Plague in India, 1896, 1897 - Volume 2
Year: 1896
Disease focus: Plague
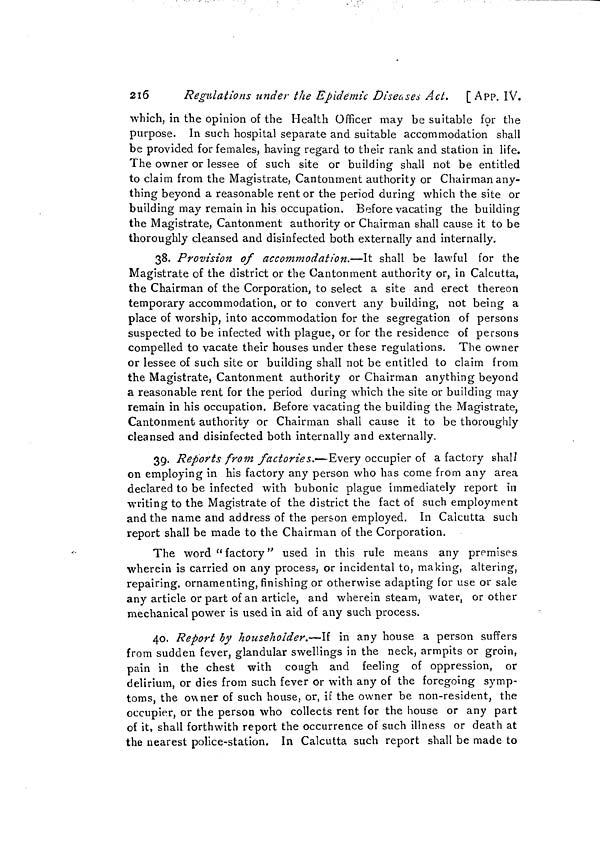
259
APP, IX. ]
spread of infection by sea.
No. 76.
No. 656-165-P., dated Bombay Castle, the 6th February 1897.
NOTIFICATION.—By the Government of Bombay. General Department.
The following rules have been prescribed by His Excellency the
Governor in Council in accordance with the Epidemic Diseases Act of
1897:—
1. No vessel shall leave the Port of Bombay until she has been
inspected by the Health Officer of the Port and the Master
or person in charge of such vessel has obtained a Bill of
Health or certificate from such officer that the Master or
person in charge, officers, crew and passengers (if any)
of such vessel are free from any dangerous epidemic
disease.
2. Should the Health Officer of the Port be of opinion that any
person on board of any vessel so inspected is suffering from
a dangerous epidemic disease he shall refuse to give a Bill
of Health or certificate as aforesaid unless and until such
person is removed from the vessel.
3. After the Master or person in charge of the vessel has
obtained any Bill of Health or certificate under the provisions
of these rules, no person or cargo shall be admitted or
taken on board such vessel before she leaves the Port of
Bombay unless such vessel is again inspected by the Health
Officer of the Port and another Bill of Health or certificate
obtained from such officer by the Master or the person in
charge of such vessel.
4. No Port Clearance shall be delivered to any vessel unless and
until the Master or person in charge thereof shall produce
the Bill of Health or certificate so to be obtained as aforesaid,
and it shall be the duty of Customs officers to refuse delivery
of the Port Clearance without the production of such Bill of
Health or certificate.
5. The Government of Bombay may appoint any person or
persons by name or by virtue of office Health Officer or
Health Officers of the Port for the purpose of these rules
as regards any class or classes of vessels and may cancel any
such appointment.
6. Disobedience to any of the above Rules Nos. 1, 2, 3 and 4
will subject the offender and all persons aiding or abetting
him to a prosecution under section 271 of the Indian Penal
Code.